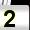
Digit: 2